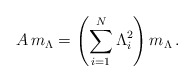
\begin{align*}A\, m_\Lambda=\left(\sum_{i=1}^N\Lambda_i^2 \right) m_\Lambda \, .\end{align*}